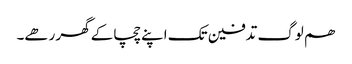
ھم لوگ تدفین تک اپنے چچا کے گھر رھے۔